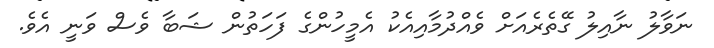
ނަވާލު ނާއިލު ގޭތެރެއަށް ވެއްދުމާއިއެކު އެމީހުންގެ ފަހަތުން ޝަބާ ވެސް ވަނީ އެވެ.